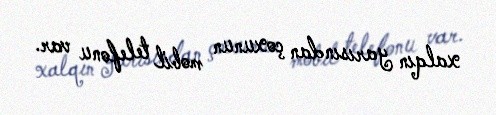
xalqın yarısından çoxunun mobil telefonu var.